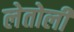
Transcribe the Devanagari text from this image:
लेतोली